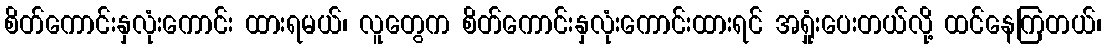
စိတ်ကောင်းနှလုံးကောင်း ထားရမယ်၊ လူတွေက စိတ်ကောင်းနှလုံးကောင်းထားရင် အရှုံးပေးတယ်လို့ ထင်နေကြတယ်၊